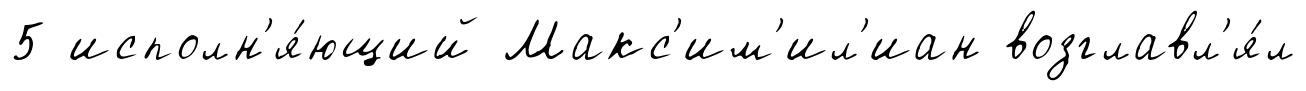
5 исполн'я́ющий Макс'им'ил'иан возглавл'я́л